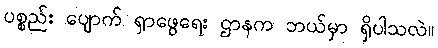
ပစ္စည်း ပျောက် ရှာဖွေရေး ဌာနက ဘယ်မှာ ရှိပါသလဲ။